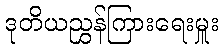
ဒုတိယညွှန်ကြားရေးမှူး